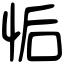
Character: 㤧